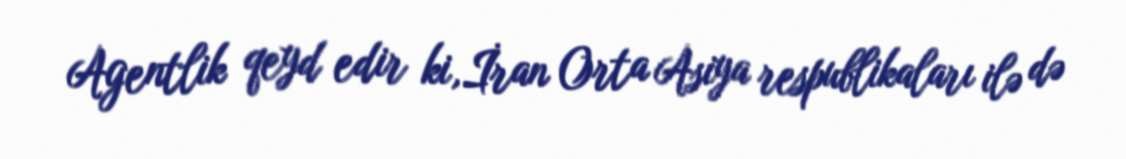
Agentlik qeyd edir ki,İran Orta Asiya respublikaları ilə də